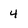
Character: 4